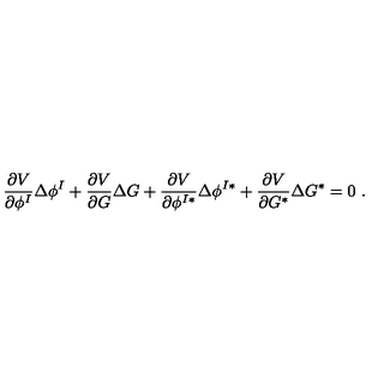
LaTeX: { \frac { \partial V } { \partial \phi ^ { I } } } \Delta \phi ^ { I } + { \frac { \partial V } { \partial G } } \Delta G + { \frac { \partial V } { \partial \phi ^ { I * } } } \Delta \phi ^ { I * } + { \frac { \partial V } { \partial G ^ { * } } } \Delta G ^ { * } = 0 \ .